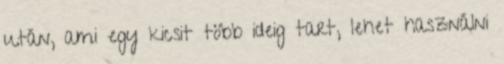
után, ami egy kicsit több ideig tart, lehet használni